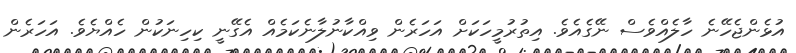
އުޅެންޖެހޭނެ ހާލެއްވެސް ނޭގެއެވެ. އިތުރުމީހަކަށް އަހަރެން ވިއްކާނުލާނެކަމެއް އެގޭނީ ކިހިނަކުން ހެއްޔެވެ. އަހަރެން